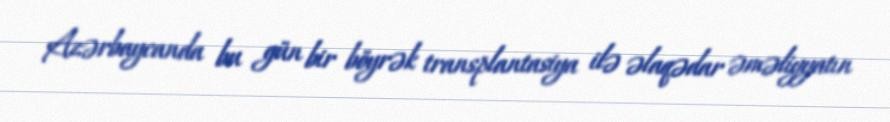
Azərbaycanda bu gün bir böyrək transplantasiya ilə əlaqədar əməliyyatın